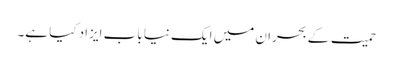
حمیت کے بحران میں ایک نیا باب ایزاد کیا ہے۔